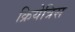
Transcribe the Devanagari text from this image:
क्रियेत्रिस